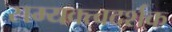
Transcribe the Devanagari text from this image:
सम्यक्त्वदर्शक